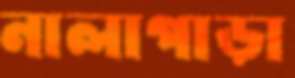
নালাপাড়া